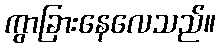
ကွာခြားနေလေသည်။